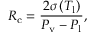
R _ { \mathrm { c } } = \frac { 2 \sigma \left( T _ { \mathrm { l } } \right) } { P _ { \mathrm { v } } - P _ { \mathrm { l } } } ,